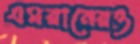
এমরানেরও